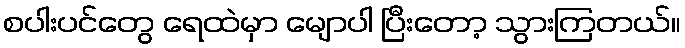
စပါးပင်တွေ ရေထဲမှာ မျောပါ ပြီးတော့ သွားကြတယ်။